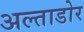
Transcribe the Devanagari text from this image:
अल्ताडोर